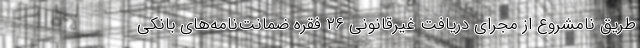
طریق نامشروع از مجرای دریافت غیرقانونی ۲۶ فقره ضمانت‌نامه‌های بانکی